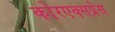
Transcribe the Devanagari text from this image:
कोरएक्सप्रेस